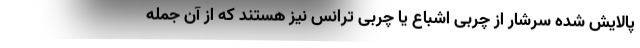
پالایش شده سرشار از چربی اشباع یا چربی ترانس نیز هستند که از آن جمله